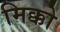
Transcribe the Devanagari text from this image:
मिक्को